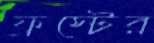
ফ্রস্টের